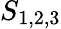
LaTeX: S_{1,2,3}